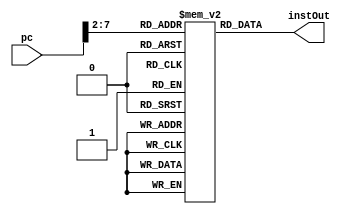
`timescale 1ns/1ps
module InstructionMemory (
    input [31:0] pc,

    output reg [31:0] instOut
);

reg [31:0] memory [0:63];

initial begin
    memory[25] = {
        6'b100011,
        5'b00001,
        5'b00010,
        5'b00000,
        5'b00000,
        6'b000000
    };

    memory[26] = {
        6'b100011,
        5'b00001,
        5'b00011,
        5'b00000,
        5'b00000,
        6'b000100
    };

    memory[27] = {
        6'b100011,
        5'b00001,
        5'b00100,
        5'b00000,
        5'b00000,
        6'b001000
    };

    memory[28] = {
        6'b100011,
        5'b00001,
        5'b00101,
        5'b00000,
        5'b00000,
        6'b001100
    };
end

always @(pc) begin
    instOut = memory[pc[7:2]];
end
endmodule